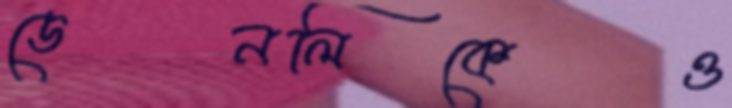
ডেনলিকেও